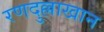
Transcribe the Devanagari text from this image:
रणदुल्लाखान